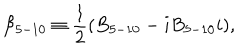
{ \cal B } _ { 5 - 1 0 } \equiv \frac { 1 } { 2 } ( B _ { 5 - 1 0 } - i B _ { 5 - 1 0 } i ) ,